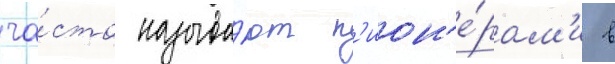
ча́сто называ́ют п'ион'е́рам'и в